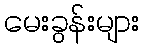
မေးခွန်းများ